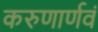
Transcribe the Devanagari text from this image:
करुणार्णवं